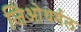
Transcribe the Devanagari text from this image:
जिओथर्मल